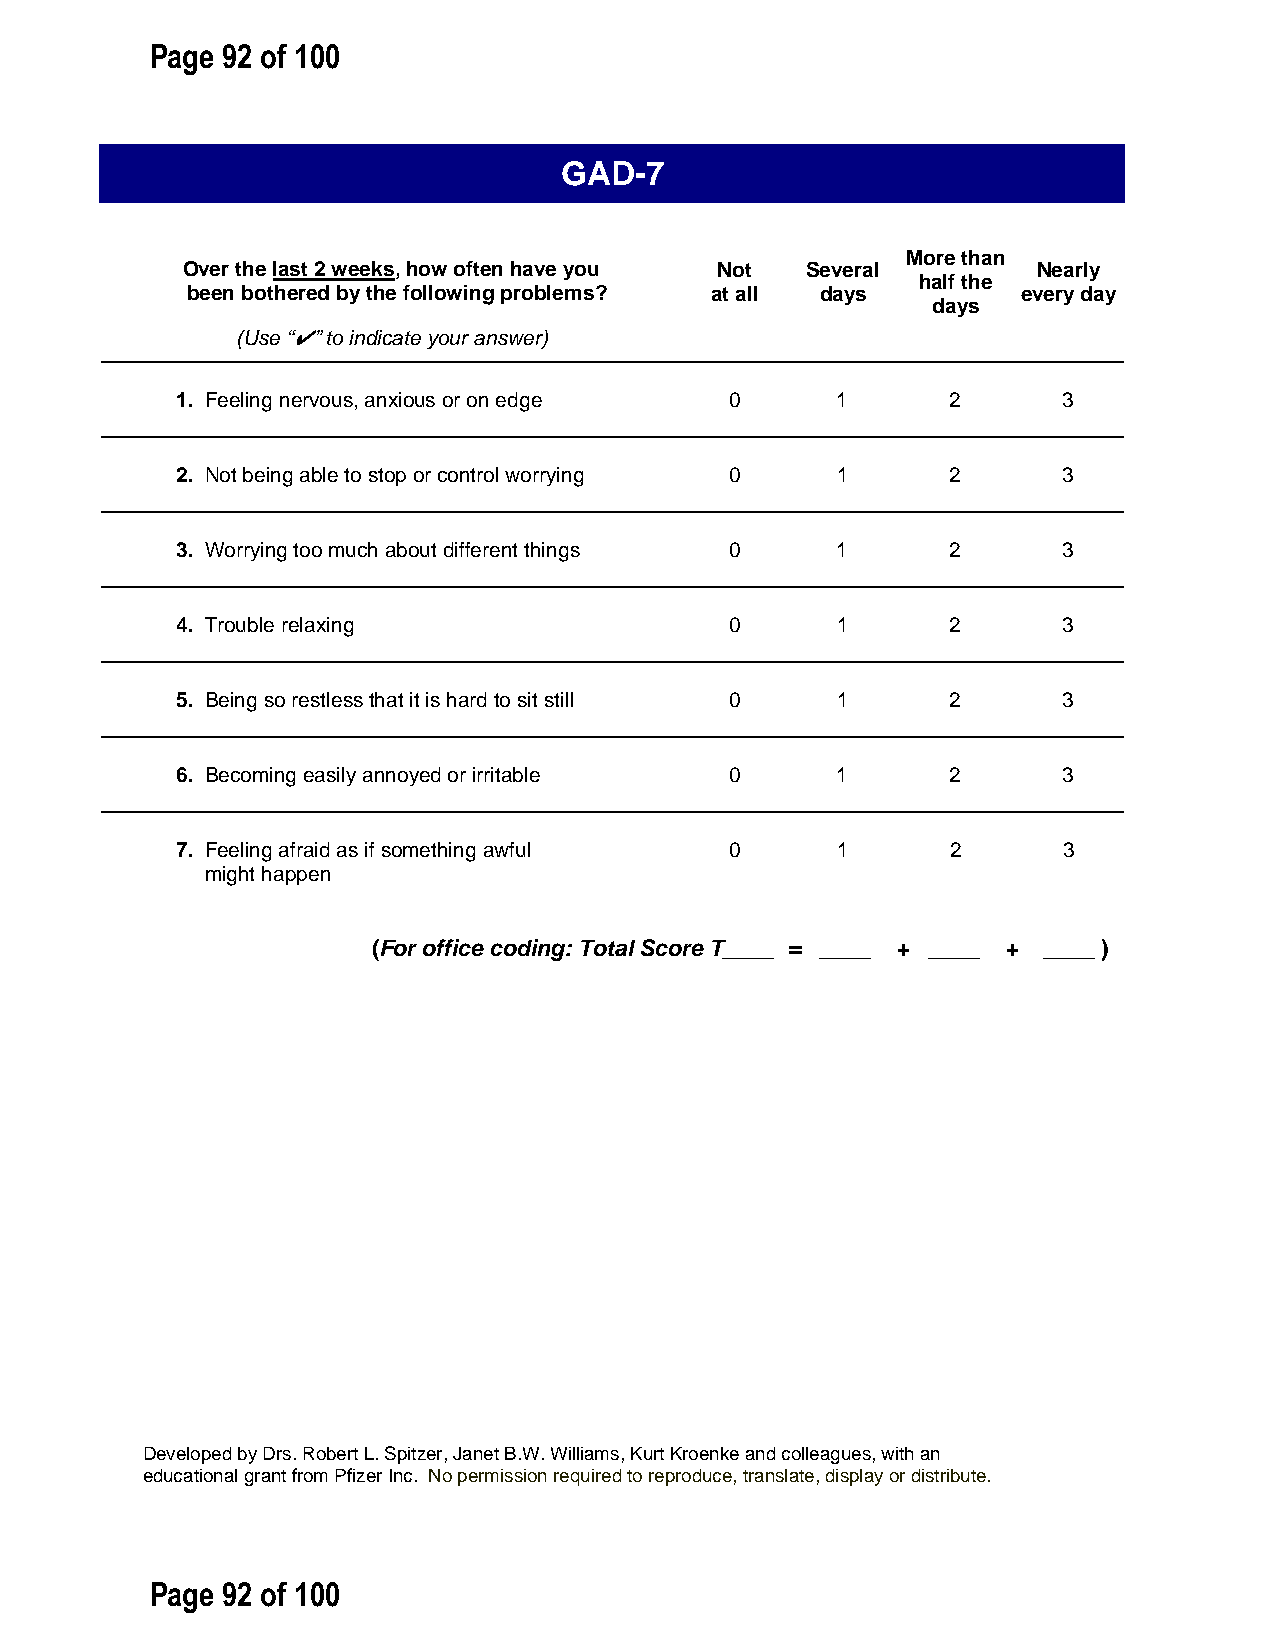
Page 92 of 100
 GAD-7
 More than
 Over the last 2 weeks, how often have you Not Several    Nearly
 half the
 been bothered by the following problems? at all days    every day
 days
 (Use “✔” to indicate your answer)
 1. Feeling nervous, anxious or on edge 0   1       2      3
 2. Not being able to stop or control worrying 0 1  2      3
 3. Worrying too much about different things 0 1    2      3
 4. Trouble relaxing                 0      1       2      3
 5. Being so restless that it is hard to sit still 0 1 2   3
 6. Becoming easily annoyed or irritable 0  1       2      3
 7. Feeling afraid as if something awful 0  1       2      3
 might happen
 (For office coding: Total Score T____ = ____ + ____ + ____ )
 Developed by Drs. Robert L. Spitzer, Janet B.W. Williams, Kurt Kroenke and colleagues, with an
 educational grant from Pfizer Inc. No permission required to reproduce, translate, display or distribute.
 Page 92 of 100